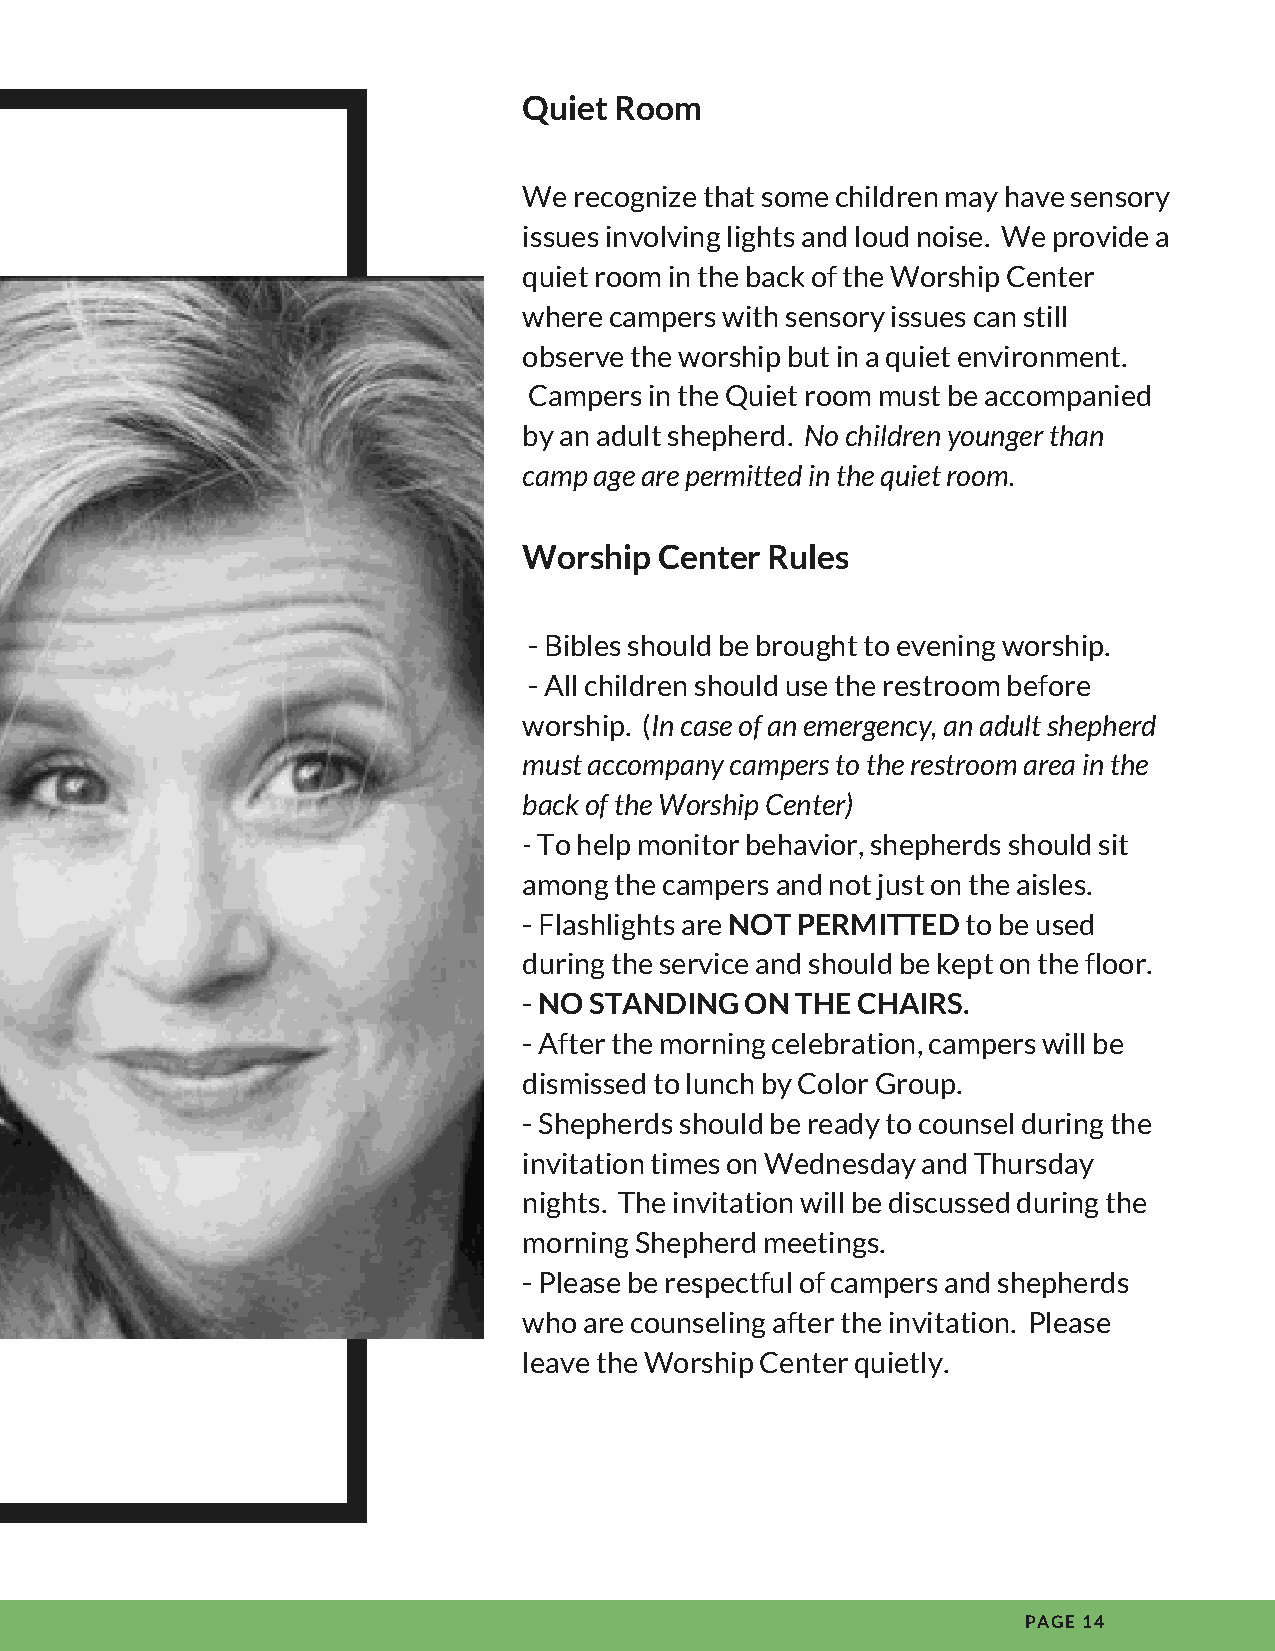
Quiet Room
 We recognize that some children may have sensory
 issues involving lights and loud noise. We provide a
 quiet room in the back of the Worship Center
 where campers with sensory issues can still
 observe the worship but in a quiet environment.
 Campers in the Quiet room must be accompanied
 by an adult shepherd. No children younger than
 camp age are permitted in the quiet room.
 Worship  Center Rules
 - Bibles should be brought to evening worship.
 - All children should use the restroom before
 worship. (In case of an emergency, an adult shepherd
 must accompany campers to the restroom area in the
 back of the Worship Center)
 - To help monitor behavior, shepherds should sit
 among the campers and not just on the aisles.
 - Flashlights are NOT PERMITTED to be used
 during the service and should be kept on the floor.
 - NO STANDING ON  THE CHAIRS.
 - After the morning celebration, campers will be
 dismissed to lunch by Color Group.
 - Shepherds should be ready to counsel during the
 invitation times on Wednesday and Thursday
 nights. The invitation will be discussed during the
 morning Shepherd meetings.
 - Please be respectful of campers and shepherds
 who are counseling after the invitation. Please
 leave the Worship Center quietly.
 PAGE 14